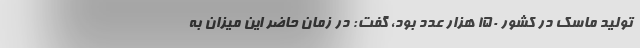
تولید ماسک در کشور ۱۵۰ هزار عدد بود، گفت: در زمان حاضر این میزان به